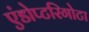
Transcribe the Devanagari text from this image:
एंडोप्टरिगोटा